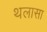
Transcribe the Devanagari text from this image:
थलासा